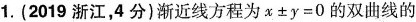
1.(2019浙江，4分)渐近线方程为$$x \pm y = 0$$的双曲线的